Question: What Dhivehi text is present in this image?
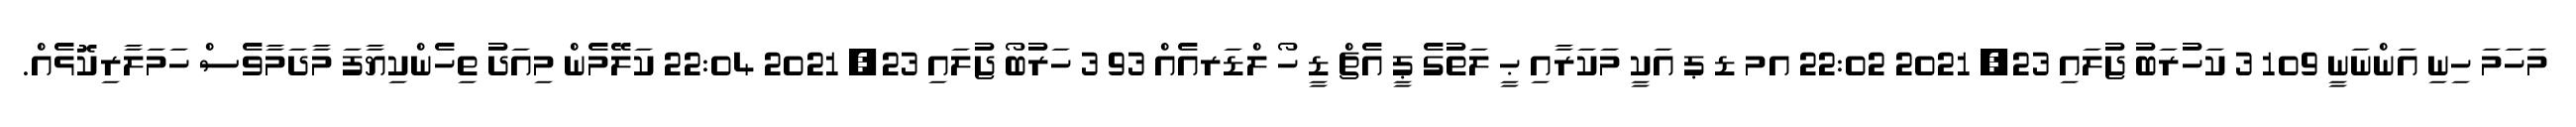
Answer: މަހަމަ ހިނި އަންނަނީ 109 3 ކަހުރަބު ޖުލައި 23, 2021 22:02 އމ ޑ ޕ އަކީ މަކަރާއި ޙީ ލަތުގެ ޕީ އެޗް ޑީ ހޯ ލްޑަރއެއް 93 3 ހަރުބޯ ޖުލައި 23, 2021 22:04 ކަލޭމެން މިއަދު ތިހެންކިޔާފަ މާދަމާވެސް ހަމަލާރިކޮޅެއް.